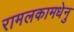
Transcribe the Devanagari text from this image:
रामलकामधेनु